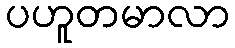
ပဟူတမာလာ